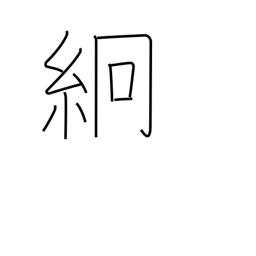
Meaning: thin silk